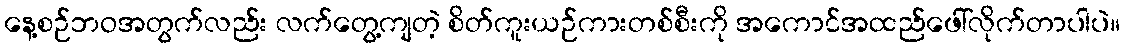
နေ့စဉ်ဘဝအတွက်လည်း လက်တွေ့ကျတဲ့ စိတ်ကူးယဉ်ကားတစ်စီးကို အကောင်အထည်ဖေါ်လိုက်တာပါပဲ။